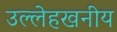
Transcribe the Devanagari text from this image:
उल्लेहखनीय